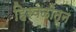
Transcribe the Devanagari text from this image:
हिरवळीतून